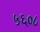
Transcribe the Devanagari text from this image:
५६०८